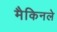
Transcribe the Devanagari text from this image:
मैकिनले